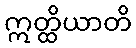
ဣတ္ထိယာတိ